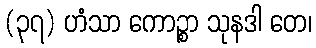
(၃၇) ဟံသာ ကောဉ္စာ သုနဒါ တေ၊